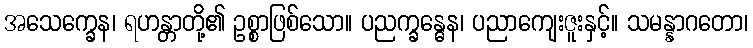
အသေက္ခေန၊ ရဟန္တာတို့၏ ဥစ္စာဖြစ်သော။ ပညက္ခန္ဓေန၊ ပညာကျေးဇူးနှင့်။ သမန္နာဂတော၊